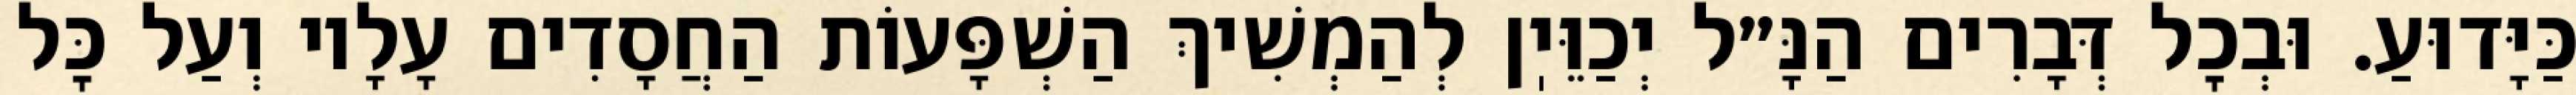
כַּיָּדוּעַ. וּבְכׇל דְּבָרִים הַנָּ״ל יְכַוֵּיֽן לְהַמְשִׁיךְ הַשְׁפָּעוֹת הַחֲסָדִים עָלָיו וְעַל כׇּל